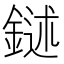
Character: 𨩔